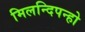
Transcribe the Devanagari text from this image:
मिलन्दिपन्हो